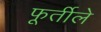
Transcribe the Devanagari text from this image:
फूर्तीले